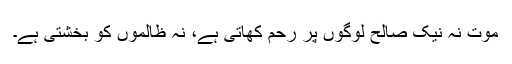
موت نہ نیک صالح لوگوں پر رحم کھاتی ہے، نہ ظالموں کو بخشتی ہے۔